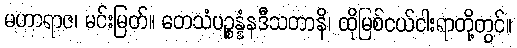
မဟာရာဇ၊ မင်းမြတ်။ တေသံပဉ္စန္နံနဒီသတာနိ၊ ထိုမြစ်ငယ်ငါးရာတို့တွင်။